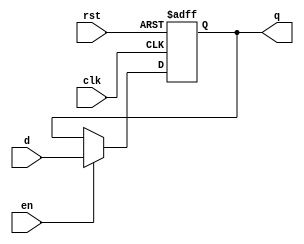
module output_register (
    input wire clk,       // Clock input
    input wire rst,       // Asynchronous reset input
    input wire en,        // Enable signal
    input wire [N-1:0] d, // Data input (can be parameterized for N bits)
    output reg [N-1:0] q  // Output register
);

parameter N = 8; // Parameter to define the width of the register

// Synchronous process for the register
always @(posedge clk or posedge rst) begin
    if (rst) begin
        q <= {N{1'b0}}; // Asynchronously reset to 0
    end else if (en) begin
        q <= d; // Capture data on enable signal
    end
end

endmodule